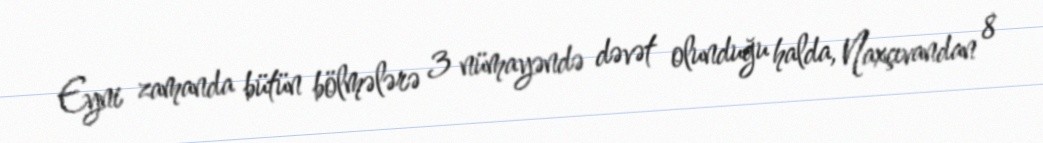
Eyni zamanda bütün bölmələrə 3 nümayəndə dəvət olunduğu halda, Naxçıvandan 8